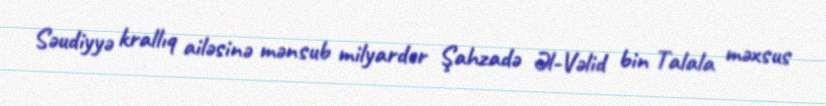
Səudiyyə krallıq ailəsinə mənsub milyarder Şahzadə Əl-Vəlid bin Talala məxsus